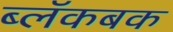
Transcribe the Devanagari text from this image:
ब्लॅकबक